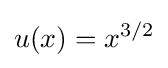
u(x)=x^{3/2}